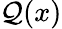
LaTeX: \mathcal{Q}(x)